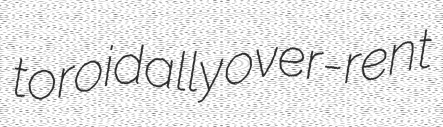
toroidally over-rent